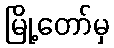
မြို့တော်မှ